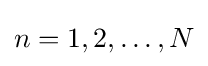
n=1,2,\dots ,N